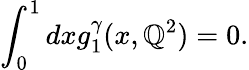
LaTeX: \int_{0}^{1}dxg_{1}^{\gamma}(x,\mathbb{Q}^{2})=0.